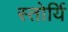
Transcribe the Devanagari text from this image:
स्तोर्यि